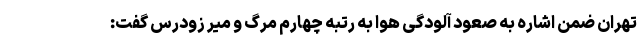
تهران ضمن اشاره به صعود آلودگی هوا به رتبه چهارم مرگ و میر زودرس گفت: